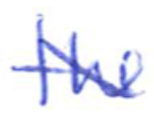
Text: the
Cross-out: diagonal
Writing tool: ballpoint